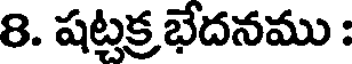
8. షట్టక్ర భేదనము :